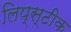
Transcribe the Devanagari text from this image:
लिप्स्टीक